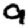
Digit: 9